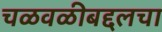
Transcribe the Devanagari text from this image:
चळवळीबद्दलचा